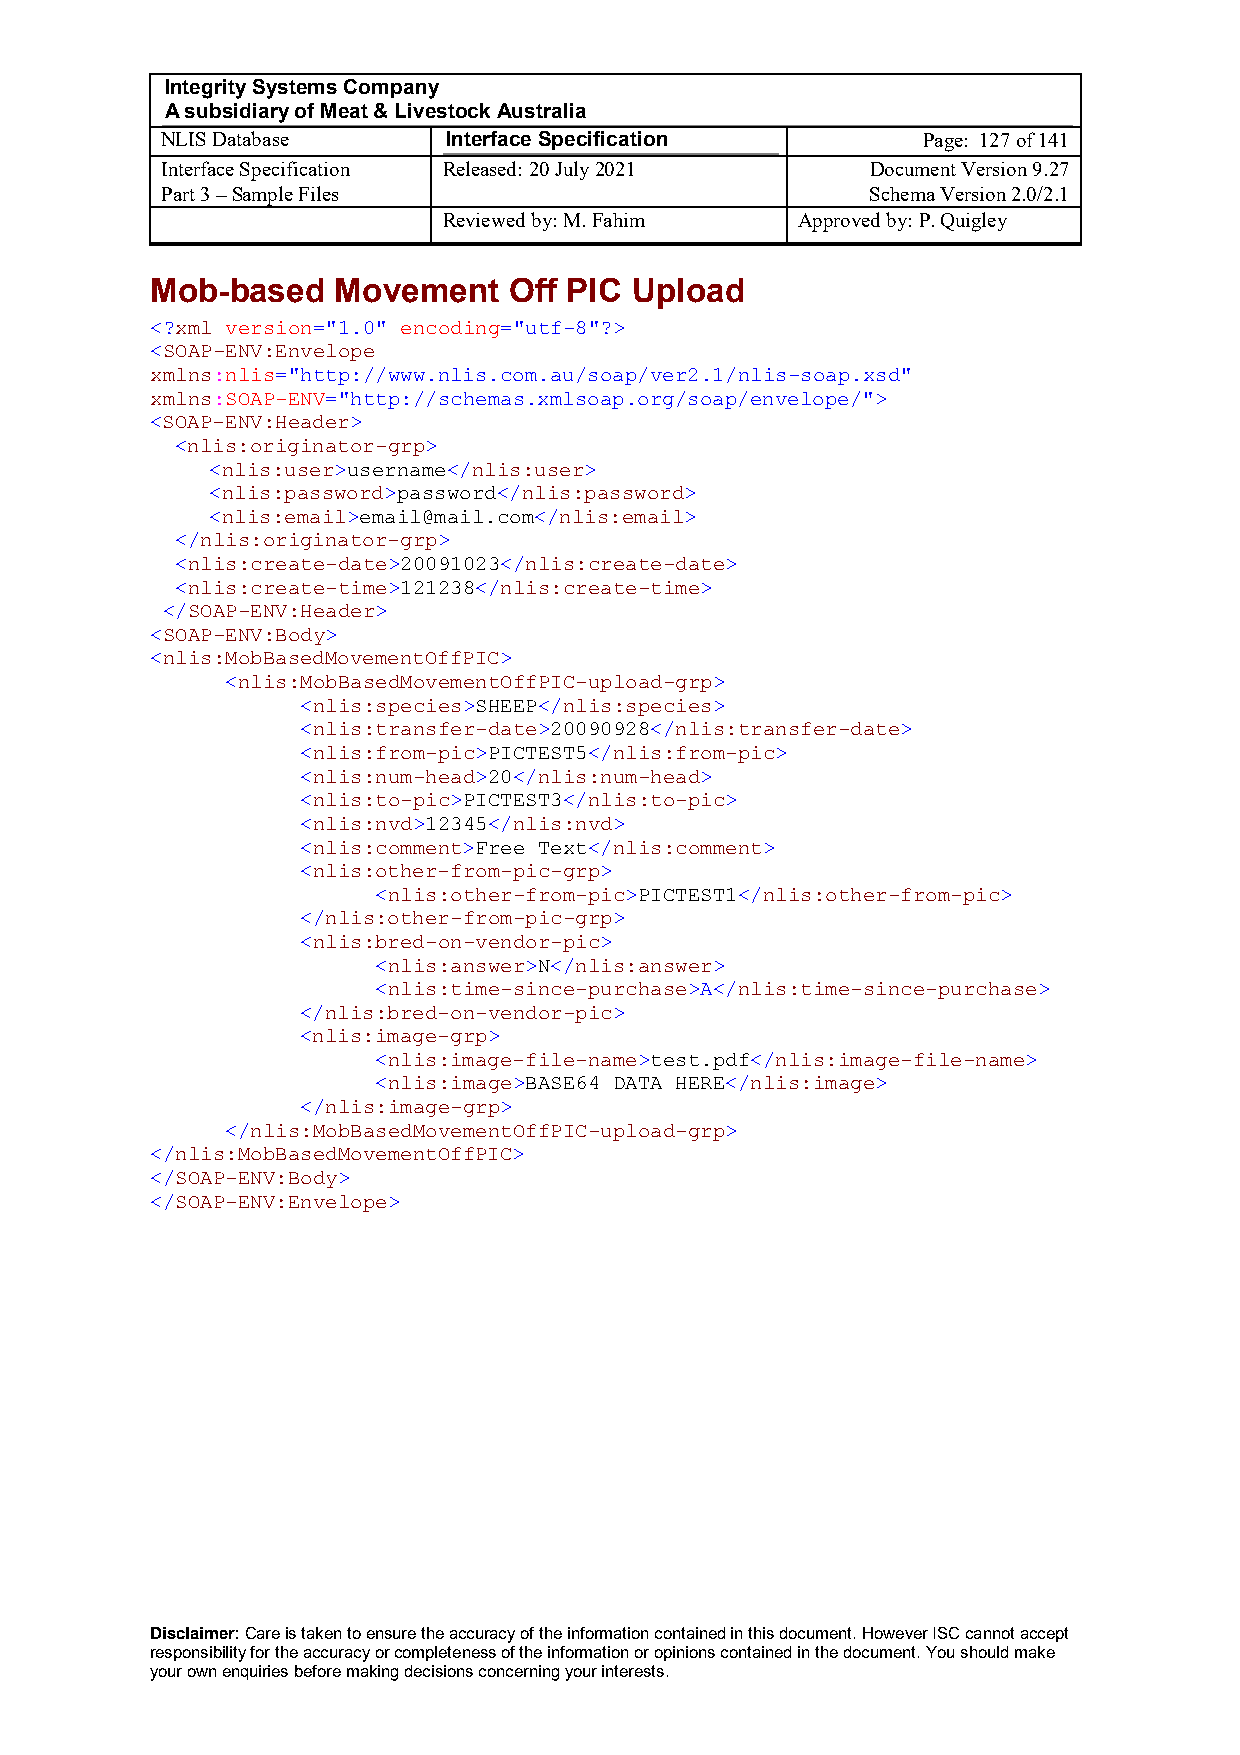
Integrity Systems Company
 A subsidiary of Meat & Livestock Australia
 NLIS Database      Interface Specification        Page: 127 of 141
 Interface Specification Released: 20 July 2021 Document Version 9.27
 Part 3 – Sample Files                          Schema Version 2.0/2.1
 Reviewed by: M. Fahim   Approved by: P. Quigley
 Mob-based   Movement    Off PIC Upload
 <?xml version="1.0" encoding="utf-8"?>
 <SOAP-ENV:Envelope
 xmlns:nlis="http://www.nlis.com.au/soap/ver2.1/nlis-soap.xsd"
 xmlns:SOAP-ENV="http://schemas.xmlsoap.org/soap/envelope/">
 <SOAP-ENV:Header>
 <nlis:originator-grp>
 <nlis:user>username</nlis:user>
 <nlis:password>password</nlis:password>
 <nlis:email>email@mail.com</nlis:email>
 </nlis:originator-grp>
 <nlis:create-date>20091023</nlis:create-date>
 <nlis:create-time>121238</nlis:create-time>
 </SOAP-ENV:Header>
 <SOAP-ENV:Body>
 <nlis:MobBasedMovementOffPIC>
 <nlis:MobBasedMovementOffPIC-upload-grp>
 <nlis:species>SHEEP</nlis:species>
 <nlis:transfer-date>20090928</nlis:transfer-date>
 <nlis:from-pic>PICTEST5</nlis:from-pic>
 <nlis:num-head>20</nlis:num-head>
 <nlis:to-pic>PICTEST3</nlis:to-pic>
 <nlis:nvd>12345</nlis:nvd>
 <nlis:comment>Free Text</nlis:comment>
 <nlis:other-from-pic-grp>
 <nlis:other-from-pic>PICTEST1</nlis:other-from-pic>
 </nlis:other-from-pic-grp>
 <nlis:bred-on-vendor-pic>
 <nlis:answer>N</nlis:answer>
 <nlis:time-since-purchase>A</nlis:time-since-purchase>
 </nlis:bred-on-vendor-pic>
 <nlis:image-grp>
 <nlis:image-file-name>test.pdf</nlis:image-file-name>
 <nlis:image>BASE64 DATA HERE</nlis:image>
 </nlis:image-grp>
 </nlis:MobBasedMovementOffPIC-upload-grp>
 </nlis:MobBasedMovementOffPIC>
 </SOAP-ENV:Body>
 </SOAP-ENV:Envelope>
 Disclaimer: Care is taken to ensure the accuracy of the information contained in this document. However ISC cannot accept
 responsibility for the accuracy or completeness of the information or opinions contained in the document. You should make
 your own enquiries before making decisions concerning your interests.